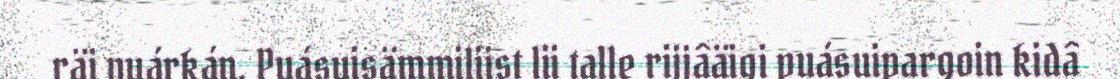
räi vuárkán. Puásuisämmiliist lii talle rijjâäigi puásuipargoin kidâ